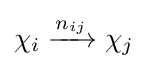
\chi _{i}\xrightarrow {n_{ij}} \chi _{j}